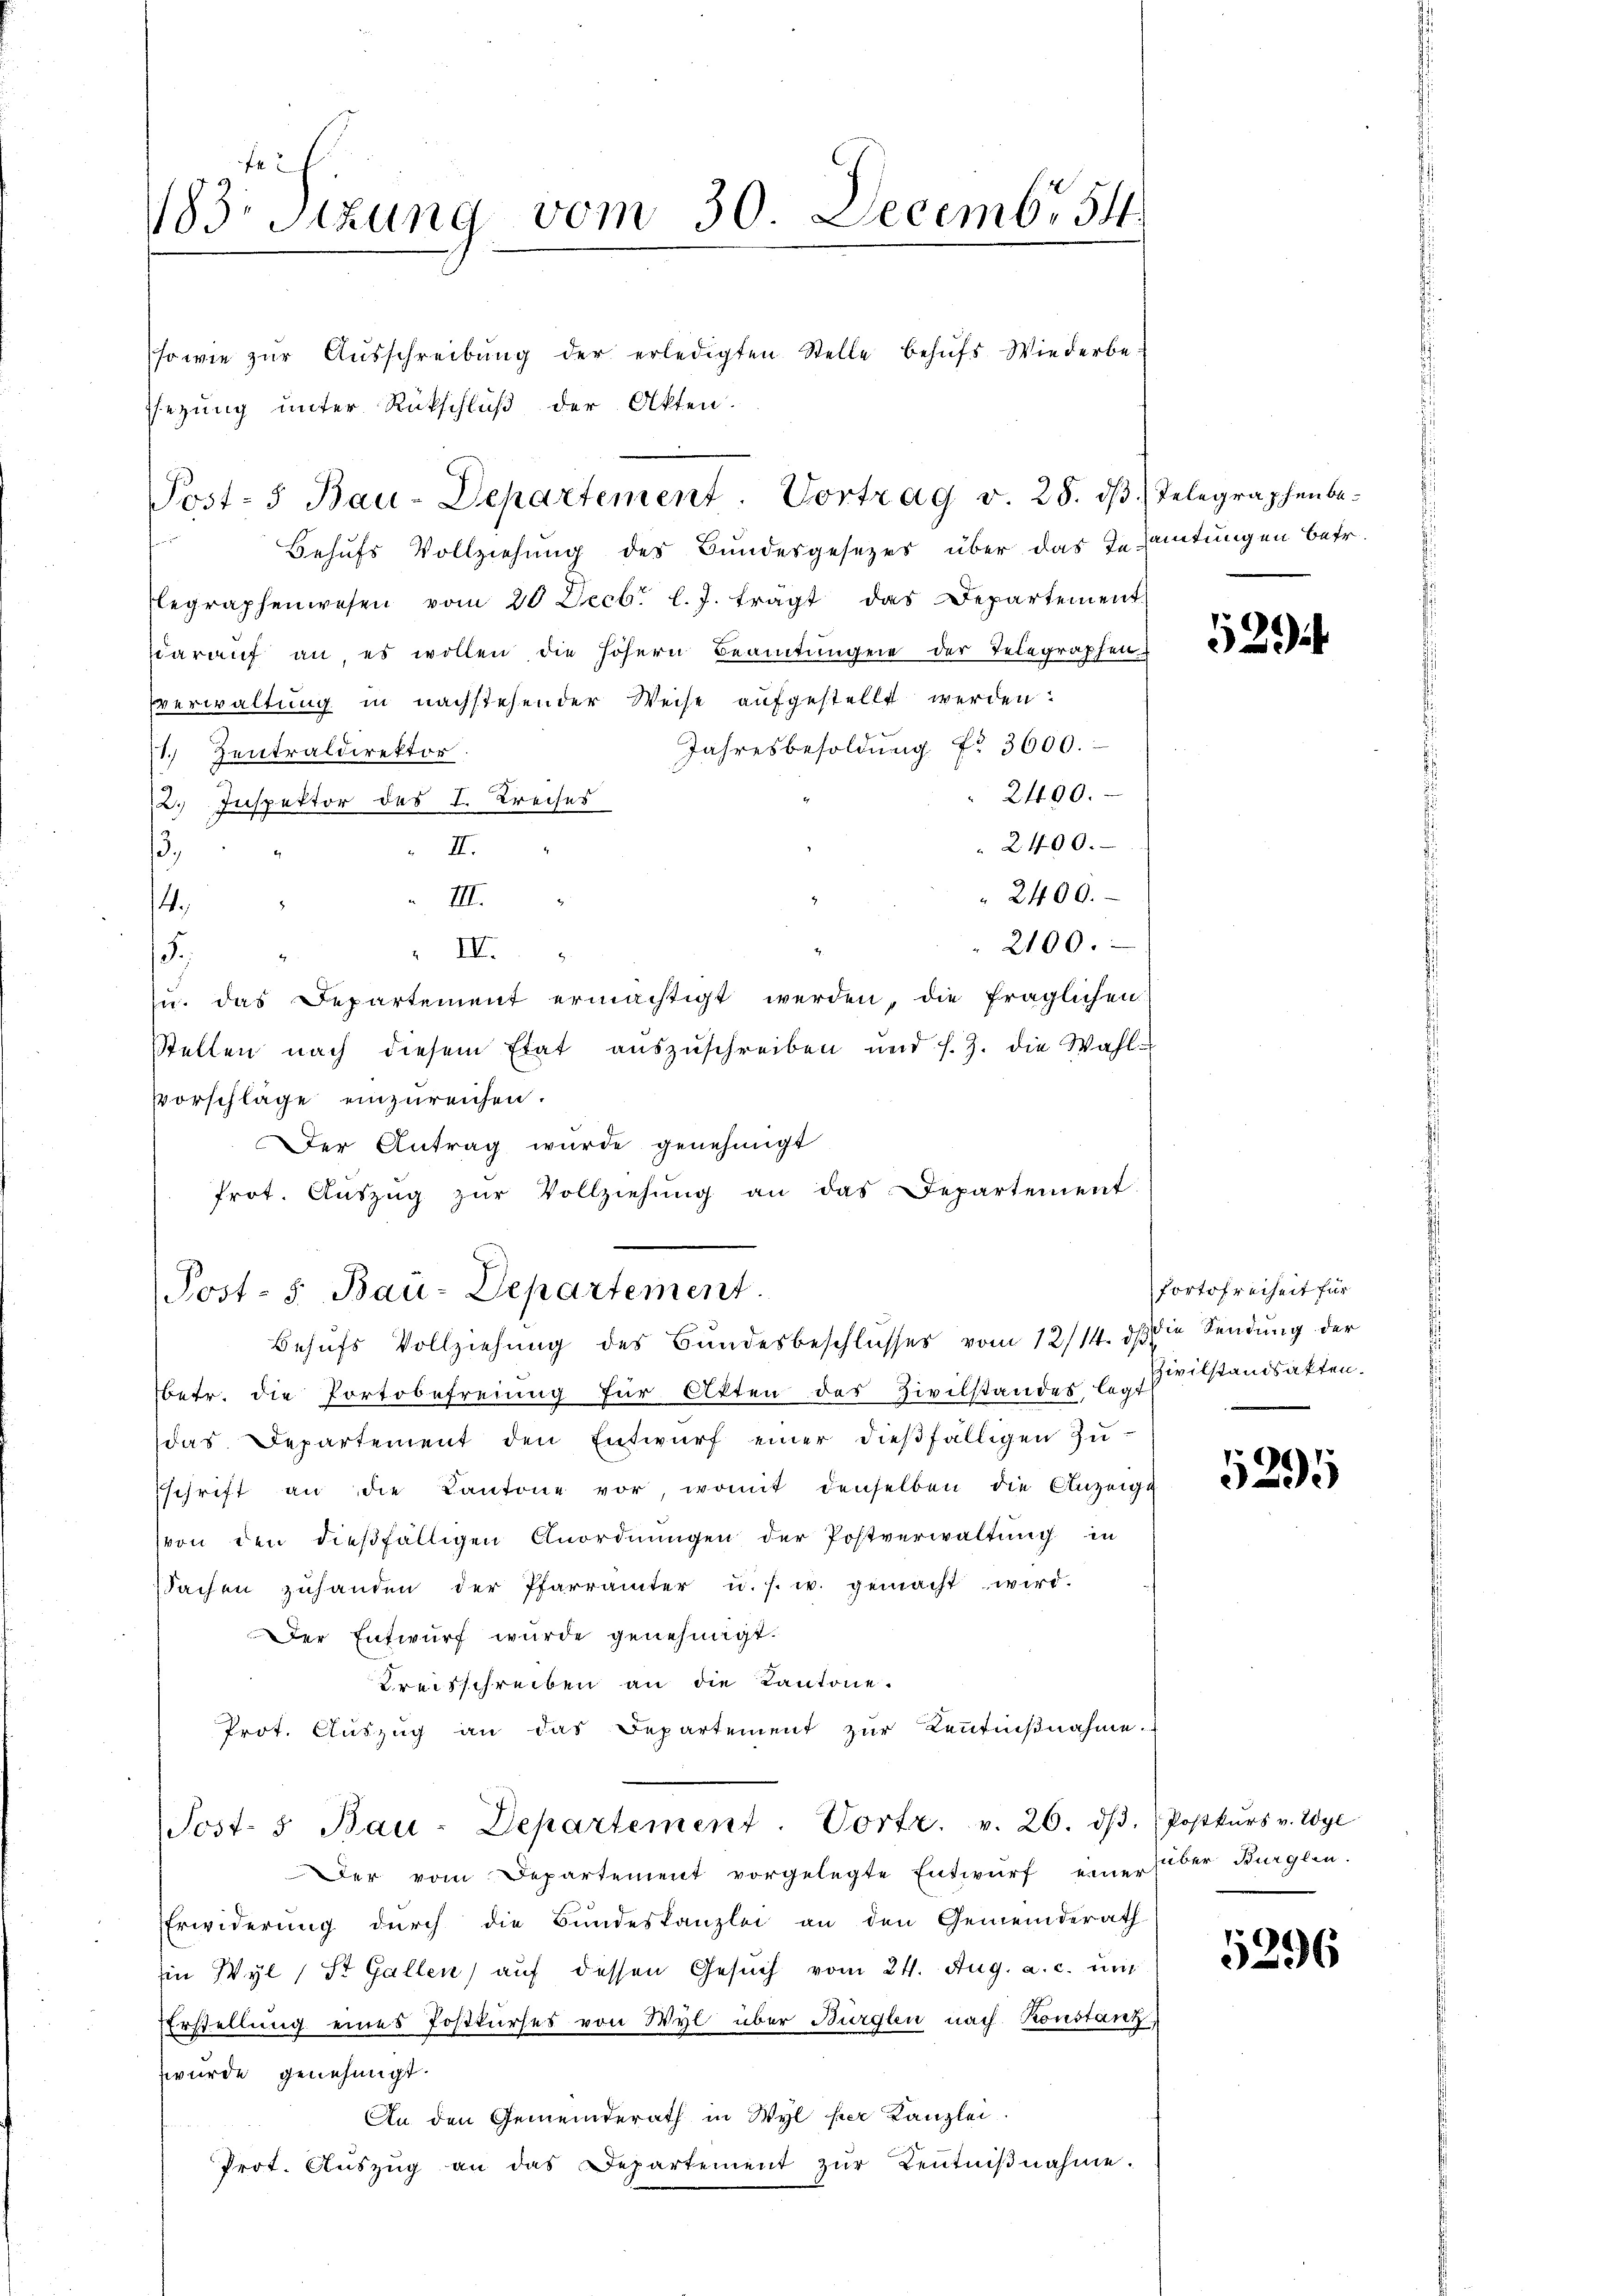
1183. Sitzung vom 30. Decembr 54

sowie zŭr Aŭsschreibŭng der erledigten Stelle behŭfs Wiederbe-
sezung unter Rückschluß der Akten.
Behufs Vollziehung des Bundesgesezes über das Teamtungen betr.
legraphenwesen vom 20 Decbr. l. J. frägt das Departement
ddarauf an, es wollen die höhern Beamtungen der Telegraphen
verwaltung in nachstehender Weise aufgestellt werden:
Jahresbesoldung Nr. 3600.
11. Zentraldirektor
2490.
2. Inspektor des I. Kreises
2400.
,
II.
2400.
III.
4.
2100.
 IV.
5.
u. das Departement ermächtigt werden, die fraglichen
stellen nach diesem Etat aŭszŭschreiben und s. Z. die Wahl-
vorschläge einzureichen.
Der Antrag wurde genehmigt
frot. Aŭszŭg zŭr Vollziehŭng an das Departement

Post- 5 Bau-Departement. Vortrag v. 28. dβ. Telegraphenbe-

Post- 5. Bau-Departement.
Behufs Vollziehung des Bundesbeschlusses vom 12/14. ds. die Sendung der

betr. die Portobefreiung für Akten des Zivilstandes, legt
das. Departement den Entwurf einer dießfälligen Zuschrift an die Kantone vor, womit denselben die Anzeige
von den dießfälligen Anordnungen der Postverwaltung in
ssachen zuhanden der Pfarrämter u. s. w. gemacht wird.
Der Entwurf wurde genehmigt.
Kreisschreiben an die Kantone.
Prot. Aŭszŭg an das Departement zŭr Kenntniβnahme.
Post- & Bau-Departement. Vortr. v. 26. dβ. Postkŭrs v. Wyl
Der vom Departement vorgelegte Entwŭrf einer über Burglen.
Erwiderung durch die Bundeskanzlei an den Gemeinderath
Ein Wyl 1 St. Gallen, auf dessen Gesuch vom 24. Aug. a. c. un
Erstellung eines Postkurses von Wyl über Burglen nach Konstanz
wurde genehmigt.
An den Gemeinderath in Wyl per Kanzlei
Prot. Aŭszŭg an das Departement zŭr Keṅtniβnahme.

529

fortofreiheit für
Zivilstandsakten.

5295

5296